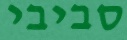
סביבי